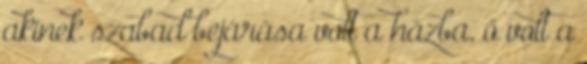
akinek szabad bejárása volt a házba, ő volt a